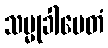
သမ္မုခါမေတံ